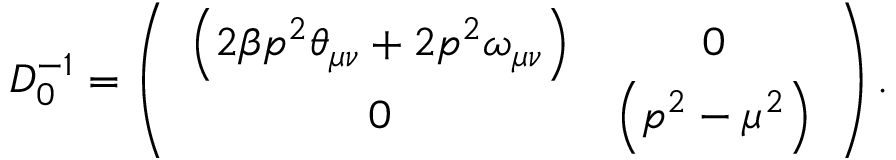
{ \cal D } _ { 0 } ^ { - 1 } = \left( \begin{array} { c c } { { \left( 2 \beta p ^ { 2 } \theta _ { \mu \nu } + 2 p ^ { 2 } \omega _ { \mu \nu } \right) } } & { { 0 } } \\ { { 0 } } & { { \left( p ^ { 2 } - \mu ^ { 2 } \right) } } \end{array} \right) \mathrm { { . } }